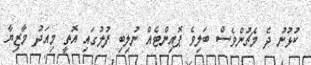
ކުޅުނު ދެ މެޗުންވެސް ބަލިވެ ޕޮއިންޓެއް ނުލިބި ފުލުގައި އޮތީ މިއަދު މާޒިޔާ